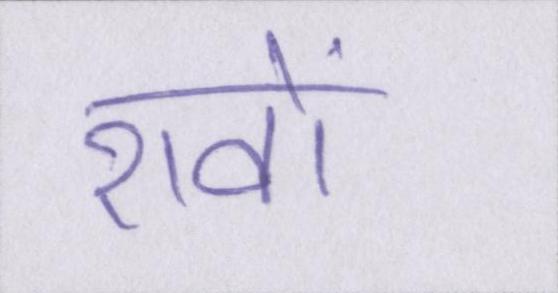
शवों